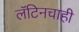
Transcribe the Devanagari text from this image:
लॅटिनचाही